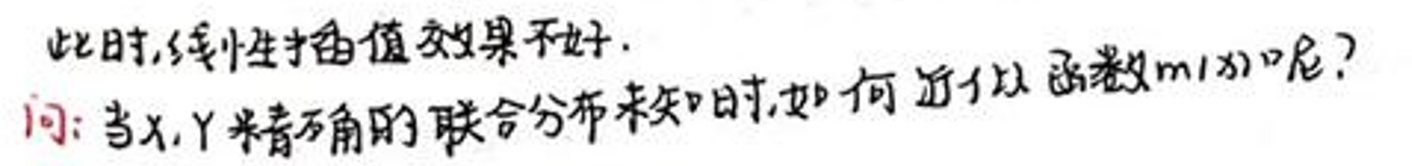
此时,线性插值效果不好.
问: 当 $X,Y$ 精确的联合分布未知时,如何近似函数 $m(x)$ 呢?